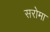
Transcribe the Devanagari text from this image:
सरोमा